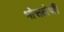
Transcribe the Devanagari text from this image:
भोसलेजी